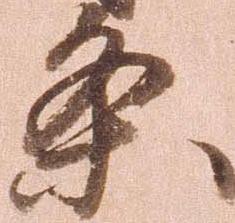
条